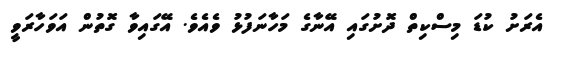
އެރަށު ކުޑަ މިސްކިތް ދޮށުގައި އޭނާގެ މަހާނަފުޅު ވެއެވެ. އޭގައިވާ ގޮތުން އަވަހާރަވީ